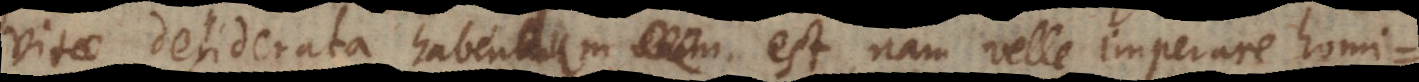
vitae desiderata habendum est, nam velle imperare homi